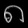
Digit: ၈